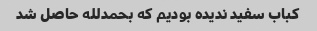
کباب سفید ندیده بودیم که بحمدلله حاصل شد